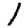
Digit: 1